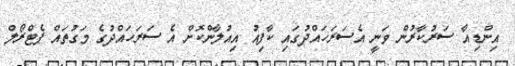
އިންޑިއާ ސަރުކާރުން ވަނީ އެސަރަހައްދުގައި ކާފިއު އިއުލާންކޮށް އެ ސަރަހައްދުގެ މަގުތައް ޕެޓްރޯލް